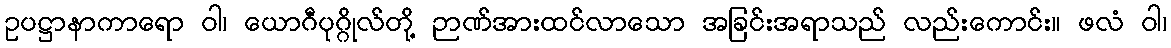
ဥပဋ္ဌာနာကာရော ဝါ၊ ယောဂီပုဂ္ဂိုလ်တို့ ဉာဏ်အားထင်လာသော အခြင်းအရာသည် လည်းကောင်း။ ဖလံ ဝါ၊